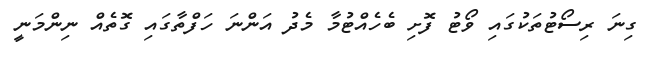
ގިނަ ރިސޯޓުތަކުގައި ވޯޓު ފޮށި ބެހެއްޓުމާ މެދު އަންނަ ހަފްތާގައި ގޮތެއް ނިންމަނީ